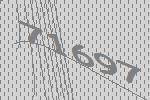
71697